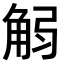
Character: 𧣚